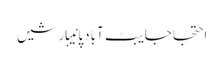
احتجاجایبٹ آبادپانیبارشیں